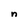
Character: n